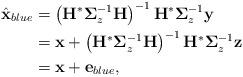
LaTeX: \begin{align*}\hat{\mathbf{x}}_{blue}&=\left(\mathbf{H}^*\mathbf{\Sigma}_z^{-1}\mathbf{H}\right)^{-1}\mathbf{H}^*\mathbf{\Sigma}_z^{-1}\mathbf{y} \\&=\mathbf{x}+\left(\mathbf{H}^*\mathbf{\Sigma}_z^{-1}\mathbf{H}\right)^{-1}\mathbf{H}^*\mathbf{\Sigma}_z^{-1}\mathbf{z} \\&=\mathbf{x}+\mathbf{e}_{blue},\end{align*}